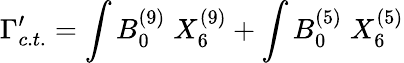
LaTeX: \Gamma_{c.t.}^{\prime}=\int B_{0}^{(9)}\; X_{6}^{(9)}+\int B_{0}^{(5)}\; X_{6}^{(5)}